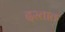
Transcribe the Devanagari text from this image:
दस्तात